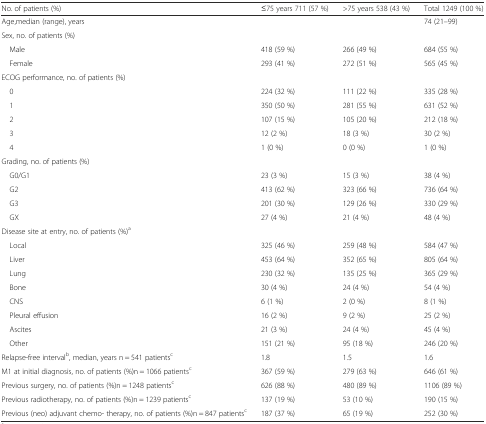
<table><thead><tr><td><b>No. of patients (%)</b></td><td><b>≤75 years 711 (57 %)</b></td><td><b>&gt;75 years 538 (43 %)</b></td><td><b>Total 1249 (100 %)</b></td></tr></thead><tbody><tr><td>Age,median (range), years</td><td></td><td></td><td>74 (21–99)</td></tr><tr><td colspan="4">Sex, no. of patients (%)</td></tr><tr><td> Male</td><td>418 (59 %)</td><td>266 (49 %)</td><td>684 (55 %)</td></tr><tr><td> Female</td><td>293 (41 %)</td><td>272 (51 %)</td><td>565 (45 %)</td></tr><tr><td colspan="4">ECOG performance, no. of patients (%)</td></tr><tr><td> 0</td><td>224 (32 %)</td><td>111 (22 %)</td><td>335 (28 %)</td></tr><tr><td> 1</td><td>350 (50 %)</td><td>281 (55 %)</td><td>631 (52 %)</td></tr><tr><td> 2</td><td>107 (15 %)</td><td>105 (20 %)</td><td>212 (18 %)</td></tr><tr><td> 3</td><td>12 (2 %)</td><td>18 (3 %)</td><td>30 (2 %)</td></tr><tr><td> 4</td><td>1 (0 %)</td><td>0 (0 %)</td><td>1 (0 %)</td></tr><tr><td colspan="4">Grading, no. of patients (%)</td></tr><tr><td> G0/G1</td><td>23 (3 %)</td><td>15 (3 %)</td><td>38 (4 %)</td></tr><tr><td> G2</td><td>413 (62 %)</td><td>323 (66 %)</td><td>736 (64 %)</td></tr><tr><td> G3</td><td>201 (30 %)</td><td>129 (26 %)</td><td>330 (29 %)</td></tr><tr><td> GX</td><td>27 (4 %)</td><td>21 (4 %)</td><td>48 (4 %)</td></tr><tr><td colspan="4">Disease site at entry, no. of patients (%)<sup>a</sup></td></tr><tr><td> Local</td><td>325 (46 %)</td><td>259 (48 %)</td><td>584 (47 %)</td></tr><tr><td> Liver</td><td>453 (64 %)</td><td>352 (65 %)</td><td>805 (64 %)</td></tr><tr><td> Lung</td><td>230 (32 %)</td><td>135 (25 %)</td><td>365 (29 %)</td></tr><tr><td> Bone</td><td>30 (4 %)</td><td>24 (4 %)</td><td>54 (4 %)</td></tr><tr><td> CNS</td><td>6 (1 %)</td><td>2 (0 %)</td><td>8 (1 %)</td></tr><tr><td> Pleural effusion</td><td>16 (2 %)</td><td>9 (2 %)</td><td>25 (2 %)</td></tr><tr><td> Ascites</td><td>21 (3 %)</td><td>24 (4 %)</td><td>45 (4 %)</td></tr><tr><td> Other</td><td>151 (21 %)</td><td>95 (18 %)</td><td>246 (20 %)</td></tr><tr><td>Relapse-free interval<sup>b</sup>, median, years n = 541 patients<sup>c</sup></td><td>1.8</td><td>1.5</td><td>1.6</td></tr><tr><td>M1 at initial diagnosis, no. of patients (%)n = 1066 patients<sup>c</sup></td><td>367 (59 %)</td><td>279 (63 %)</td><td>646 (61 %)</td></tr><tr><td>Previous surgery, no. of patients (%)n = 1248 patients<sup>c</sup></td><td>626 (88 %)</td><td>480 (89 %)</td><td>1106 (89 %)</td></tr><tr><td>Previous radiotherapy, no. of patients (%)n = 1239 patients<sup>c</sup></td><td>137 (19 %)</td><td>53 (10 %)</td><td>190 (15 %)</td></tr><tr><td>Previous (neo) adjuvant chemo- therapy, no. of patients (%)n = 847 patients<sup>c</sup></td><td>187 (37 %)</td><td>65 (19 %)</td><td>252 (30 %)</td></tr></tbody></table>